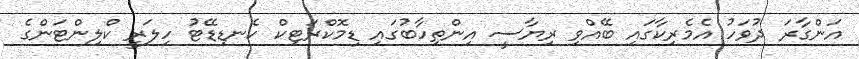
އަންގާރަ ދުވަހު އެމެރިކާގައި ބޭއްވި ރިޔާސީ އިންތިހާބުގައި ޑިމޮކްރަޓިކް ކެނޑިޑޭޓު ހިލަރީ ކްލިންޓަންގެ